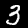
Digit: 3